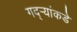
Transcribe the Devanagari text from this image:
गद्र्‍यांकडे